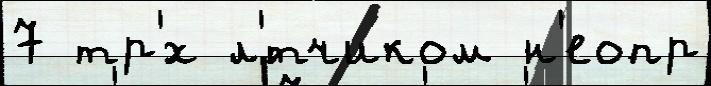
7 тр'́х л'́тчиком н'еопр